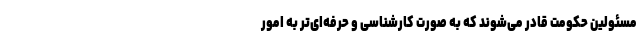
مسئولین حکومت قادر می‌شوند که به صورت کارشناسی و حرفه‌ای‌تر به امور